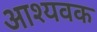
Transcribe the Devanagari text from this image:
आश्यवक